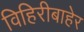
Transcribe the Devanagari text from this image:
विहिरीबाहेर